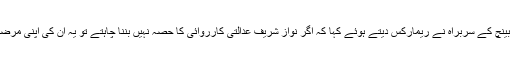
اس پر بینچ کے سربراہ نے ریمارکس دیتے ہوئے کہا کہ اگر نواز شریف عدالتی کارروائی کا حصہ نہیں بننا چاہتے تو یہ ان کی اپنی مرضی ہے۔